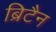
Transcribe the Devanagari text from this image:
ब्रिटैन